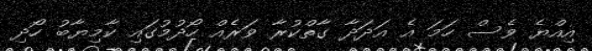
އިއްޔެ ވެސް ހަމަ އެ އަދަދާ ގާތްކުރާ ވަރެއް ހޯދުމުގައި ކާމިޔާބު ހޯދި